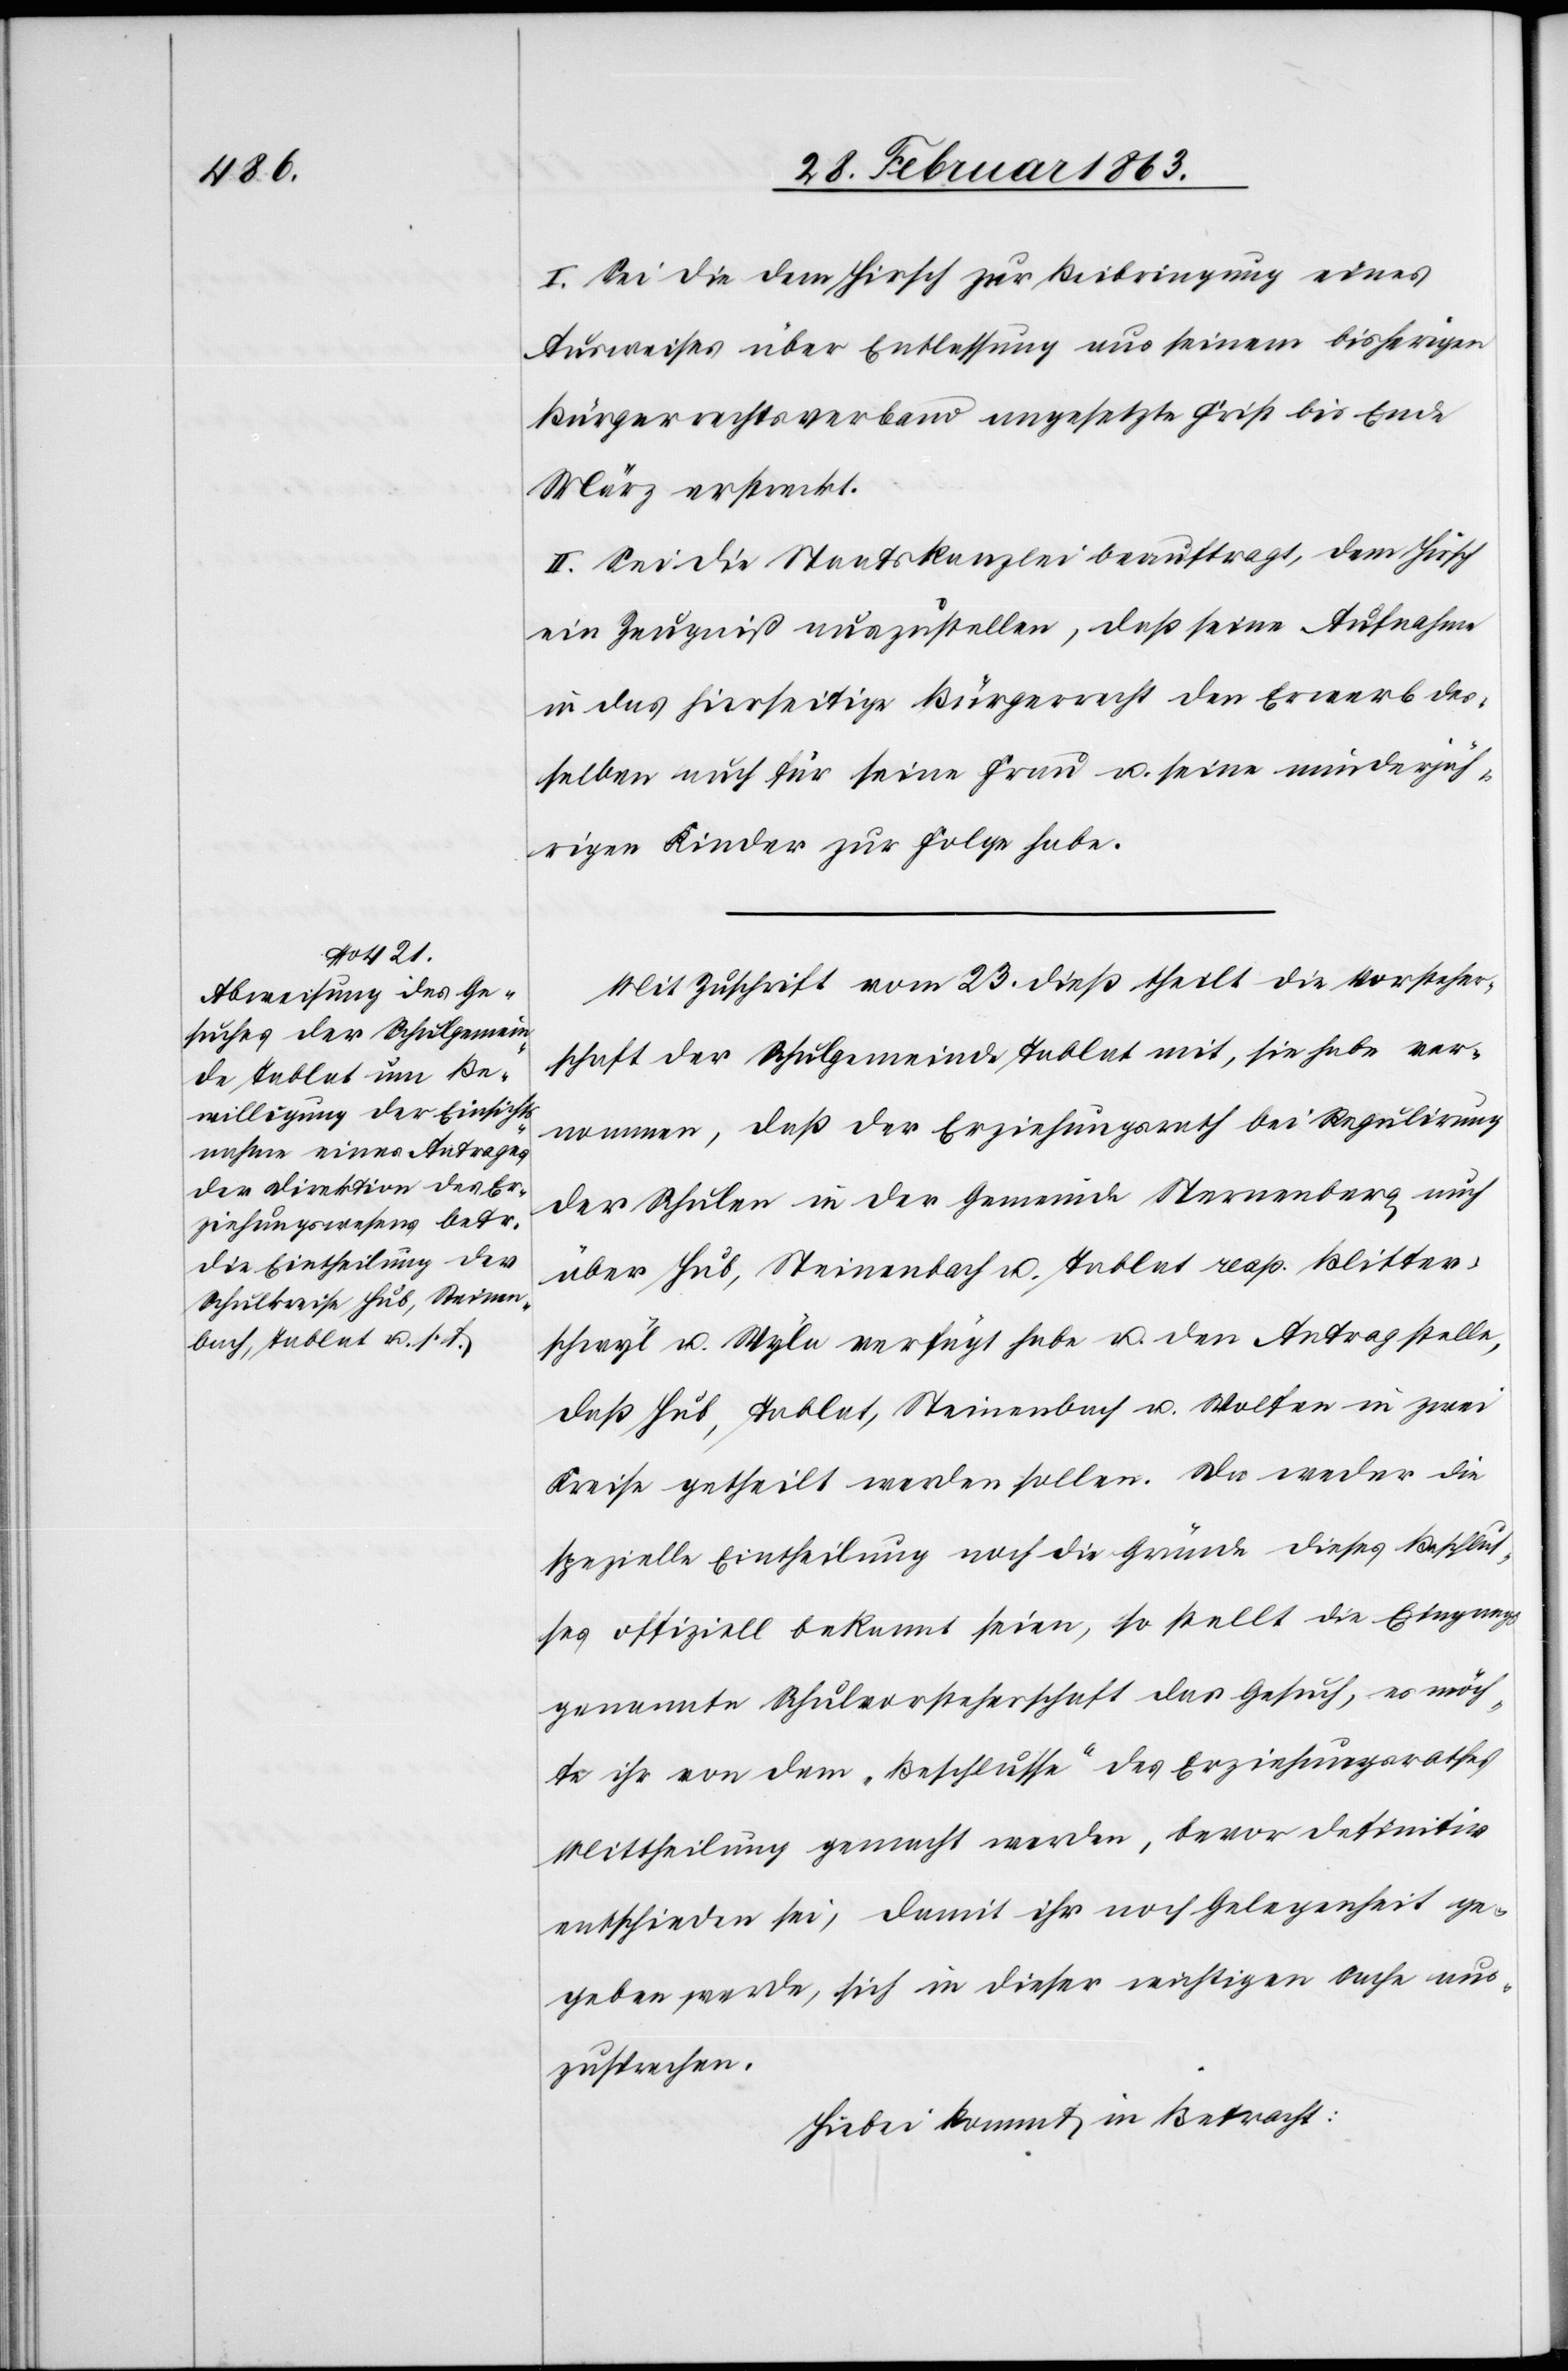
I. Sei die dem Hirsch zur Beibringung eines
Ausweises über Entlassung aus seinem bisherigen
Bürgerrechtsverband angesetzte Frist bis Ende
März erstreckt.
II. Sei die Staatskanzlei beauftragt, dem Hirsch
ein Zeugniß auszustellen, daß seine Aufnahme
in das hierseitige Bürgerrecht den Erwerb des¬
selben auch für seine Frau u. seine minderjäh¬
rigen Kinder zur Folge habe.
Mit Zuschrift vom 23. dieß theilt die Vorsteher¬
schaft der Schulgemeinde Tablat mit, sie habe ver¬
nommen, daß der Erziehungsrath bei Regulirung
der Schulen in der Gemeinde Sternenberg auch
über Hub, Steinenbach u. Tablat resp. Blitter¬
schwyl u. Wyla verfügt habe u. den Antrag stelle,
daß Hub, Tablat, Steinenbach u. Wolfen in zwei
Kreise getheilt werden sollen. Da weder die
spezielle Eintheilung noch die Gründe dieses Beschlus¬
ses offiziell bekannt seien, so stellt die Eingangs
genannte Schulvorsteherschaft das Gesuch, es möch¬
te ihr von dem „Beschlusse“ des Erziehungsrathes
Mittheilung gemacht werden, bevor definitiv
entschieden sei, damit ihr noch Gelegenheit ge¬
geben werde, sich in dieser wichtigen Sache aus¬
zusprechen.
Hiebei kommt in Betracht: